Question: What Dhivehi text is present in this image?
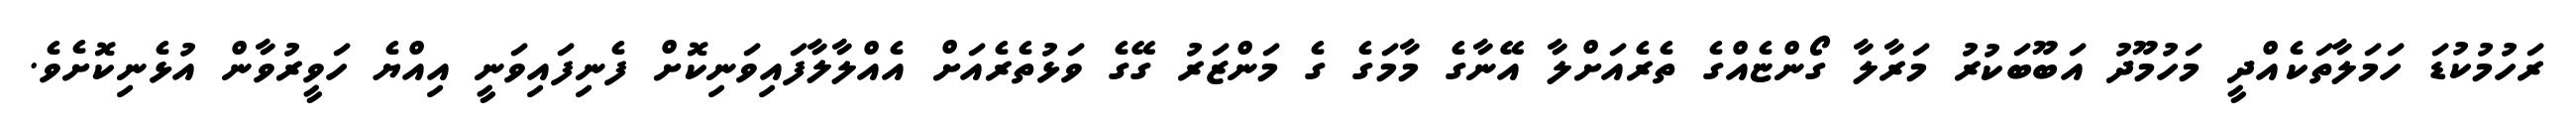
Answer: ރަހުމުކުޑަ ހަމަލާތަކެއްދީ މަހުމޫދު އަބޫބަކުރު މަރާލާ ގޯންޏެއްގެ ތެރެއަށްލާ އޭނާގެ މާމަގެ ގެ މަންޒަރު ގޭގެ ވަޅުތެރެއަށް އެއްލާލާފައިވަނިކޮށް ފެނިފައިވަނީ އިއްޔެ ހަވީރުވާން އުޅެނިކޮށެވެ.